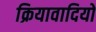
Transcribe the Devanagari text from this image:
क्रियावादियों